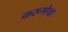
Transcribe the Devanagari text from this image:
करूणेचा